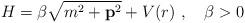
LaTeX: \begin{align*}H=\beta\sqrt{m^2+{\bf p}^2}+V(r)\ ,\quad\beta>0\,\end{align*}